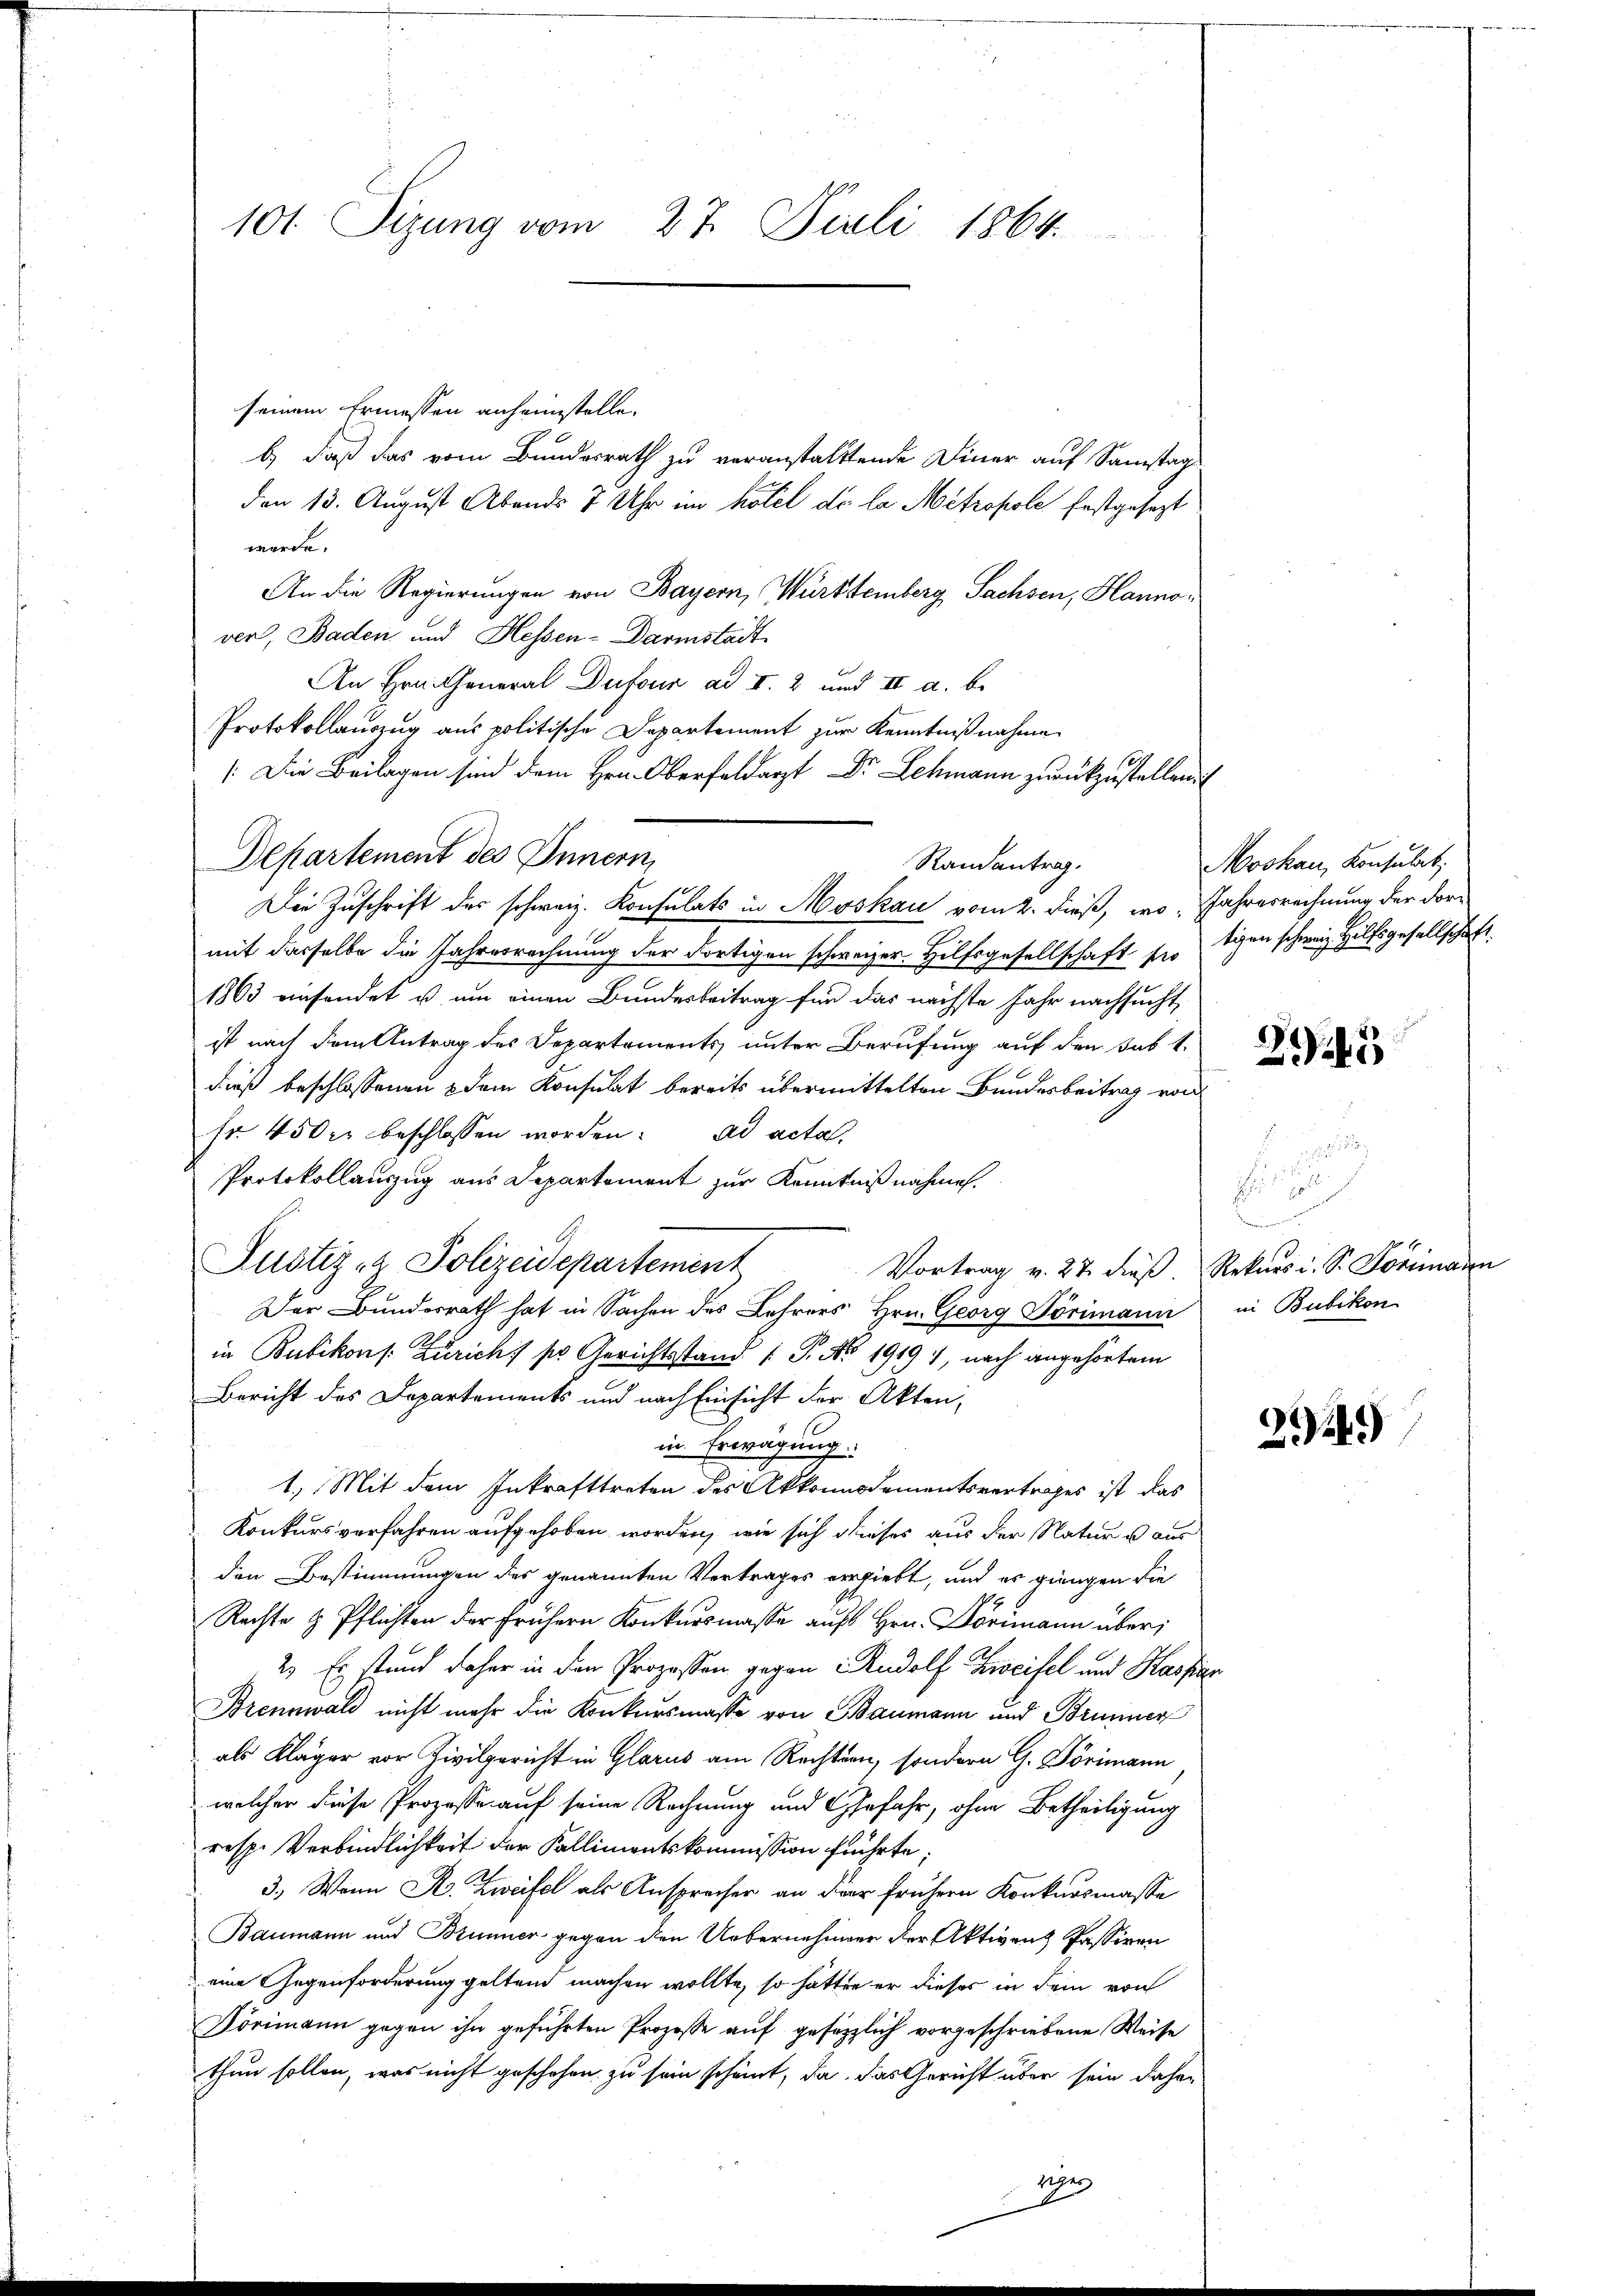
seinem Ermessen anheimstelle.
b) daß das vom Bundesrath zu veranstaltende Diner auf Samstag
den 13. August Abends 7 Uhr im hölel de la Metropole festgesezt
werde.
An die Regierungen von Bayern, Württemberg Sachsen, Hannover, Baden und Hessen-Darmstadt
An Hrn. General Dufour ad II. 2 und II a. be
Protokollauszug aus politische Departement zur Kenntnißnahme
(Die Beilagen sind dem Hrn. Oberfeldarzt Dr. Schmann zurückzustellen.
Departement des Innern,
mit dasselbe die Jahresrechnung der dortigen schweizer. Hilfsgesellschaft so tigen schweiz. Hilfsgesellschaft.
1863 einsendet u um einen Bundesbeitrag für das nächste Jahr nachsucht,
ist nach dem Antrag des Departements unter Berufung auf den Sab 1.
dieß beschlossenen & dem Konsulat bereits übermittelten Bundesbeitrag von
fr. 450 kr beschlossen worden. ad acta,
Protokollauszug aus Departement zur Kenntnißnahmen.
Justiz- & Polizeidepartement
Vortrag v. 27 dieß. Rekurs i. S. Formann
Der Bundesrath hat in Sachen des Lehrers Hrn. Georg Törimann
in Bubikon s. Zürich, so Gerichtsstand (T. No 1919), nach angehörtem
Bericht des Departements und nach Einsicht der Akten,
in Erwägung.
1.) Mit dem Inkrafttreten des Akkonsdamentsvertrages ist das
Konkursverfahren aufgehoben worden, wie sich dieses aus der Natur u aus
den Bestimmungen des genannten Vertrages vergiebt, und es gingen die
Rechte u. Pflichten der frühern Konkursmasse aŭf Hrn. Dörimann über
2) Es stand daher in den Prozessen gegen Rudolf Zweifel und Harfins
Brennwald nicht mehr die Konkursmasse von Baumann und Brunner
als Kläger vor Zivilgericht in Glarus am Rechten, sondern G. Dörimann
welcher diese Prozesse auf seine Rechnung und Gefahr, ohne Betheiligung
resp. Verbindlichkeit der Kallimentskommission frührte,
3.) Wenn R. Zweifel als Ansprecher an der frühern Konkursmasse
Baumann und Brunner gegen den Uebernehmer der Aktiven Passiven
eine Gegenforderung geltend machen wollte, so hatten er dieses in dem von
Pörimann gegen ihn geführten Prozesse auf gesetzlich vorgeschriebene Weise
thun sollen, was nicht geschehen zu sein scheint, da das Gericht über sein daher

101 Sizung vom 27. Juli 1864.

Randantrag.
Die Zuschrift des schweiz. Konsulats in Moskau vom 2. dieß, wo Jahresrechnung der dor¬

Moskau, Konsulat

23

u

in Bubikon

214.